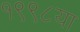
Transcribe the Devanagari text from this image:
१९९८या